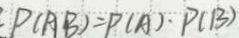
P ( A B ) = P ( A ) \cdot P ( B )